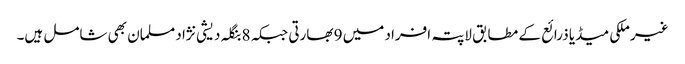
غیرملکی میڈیا ذرائع کے مطابق لاپتہ افراد میں 9 بھارتی جبکہ 8 بنگلہ دیشی نژاد مسلمان بھی شامل ہیں۔